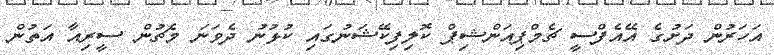
އަހަރުން ދަށުގެ އޭއެފްސީ ޗެމްޕިއަންޝިޕް ކޮލިފިކޭޝަނުގައި ކުޅުނު ދެވަނަ މެޗުން ސީރިއާ އަތުން